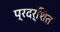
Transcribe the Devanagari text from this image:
प्रदर्शित